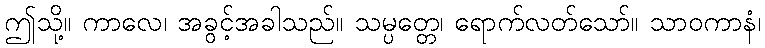
ဤသို့။ ကာလေ၊ အခွင့်အခါသည်။ သမ္ပတ္တေ၊ ရောက်လတ်သော်။ သာဝကာနံ၊